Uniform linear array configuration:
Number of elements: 48
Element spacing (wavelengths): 1
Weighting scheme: binomial
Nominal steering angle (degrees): -60
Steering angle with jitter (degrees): -59.932
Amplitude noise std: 0.05
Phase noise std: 0.05

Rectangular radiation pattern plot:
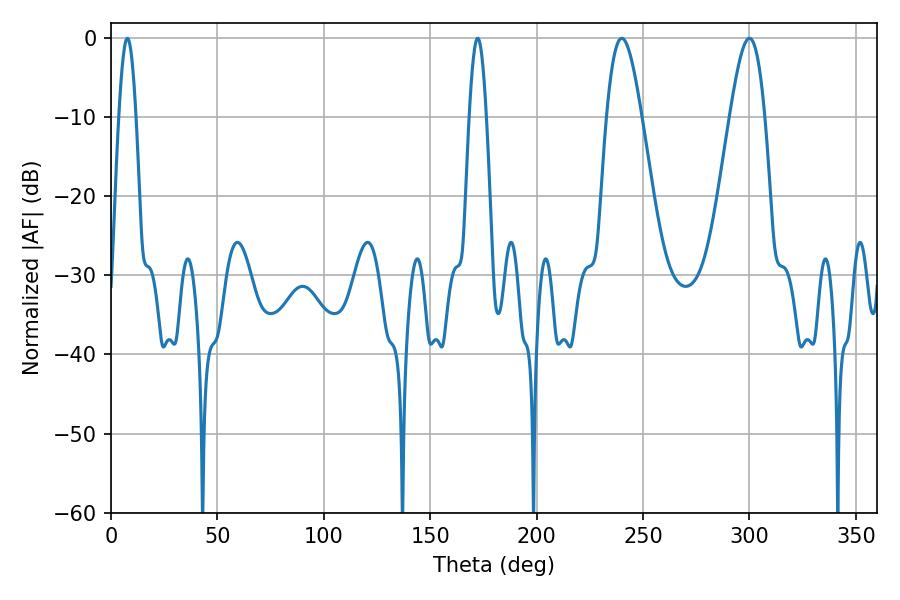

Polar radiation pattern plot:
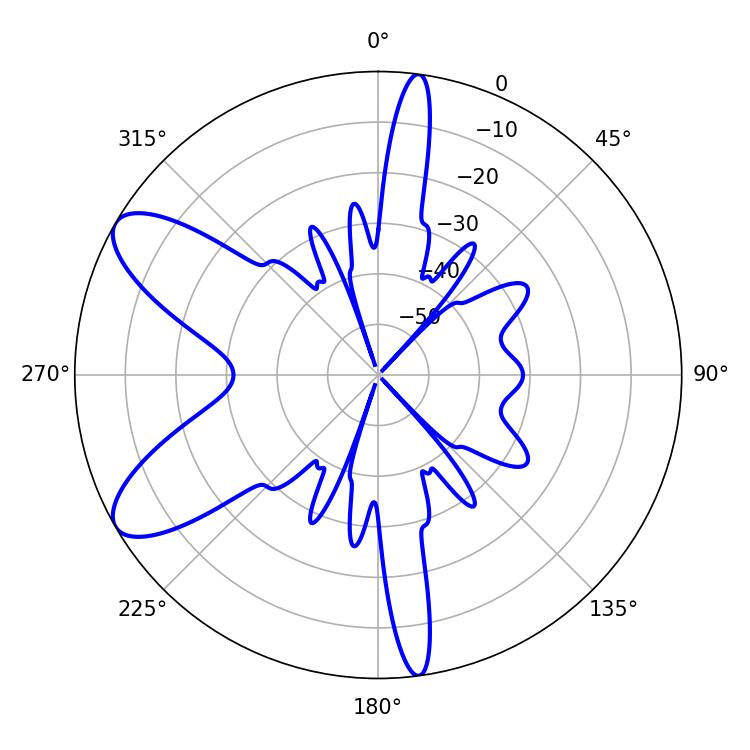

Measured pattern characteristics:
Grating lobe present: TRUE
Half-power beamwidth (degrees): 8.82
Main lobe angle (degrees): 239.94